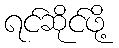
ရင်ဆိုင်ဖို့